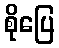
စိုပြေ